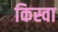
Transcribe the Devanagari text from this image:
किस्वा